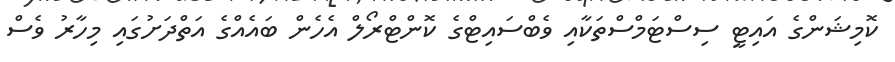
ކޮމިޝަންގެ އައިޓީ ސިސްޓަމްސްތަކާއި ވެބްސައިޓްގެ ކޮންޓްރޯލް އެހެން ބައެއްގެ އަތްދަށުގައި މިހާރު ވެސް